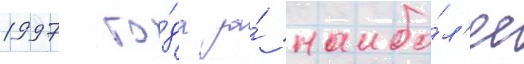
1997 го́да за́ наибо́л'ее